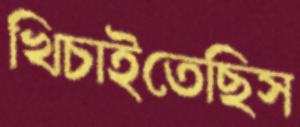
খিচাইতেছিস